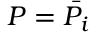
P = \bar { P _ { i } }